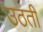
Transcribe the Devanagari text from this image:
उठतीं